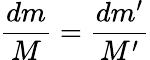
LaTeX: \frac{dm}{M}=\frac{dm^{\prime}}{M^{\prime}}